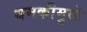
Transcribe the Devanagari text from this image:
धमकीमुळे